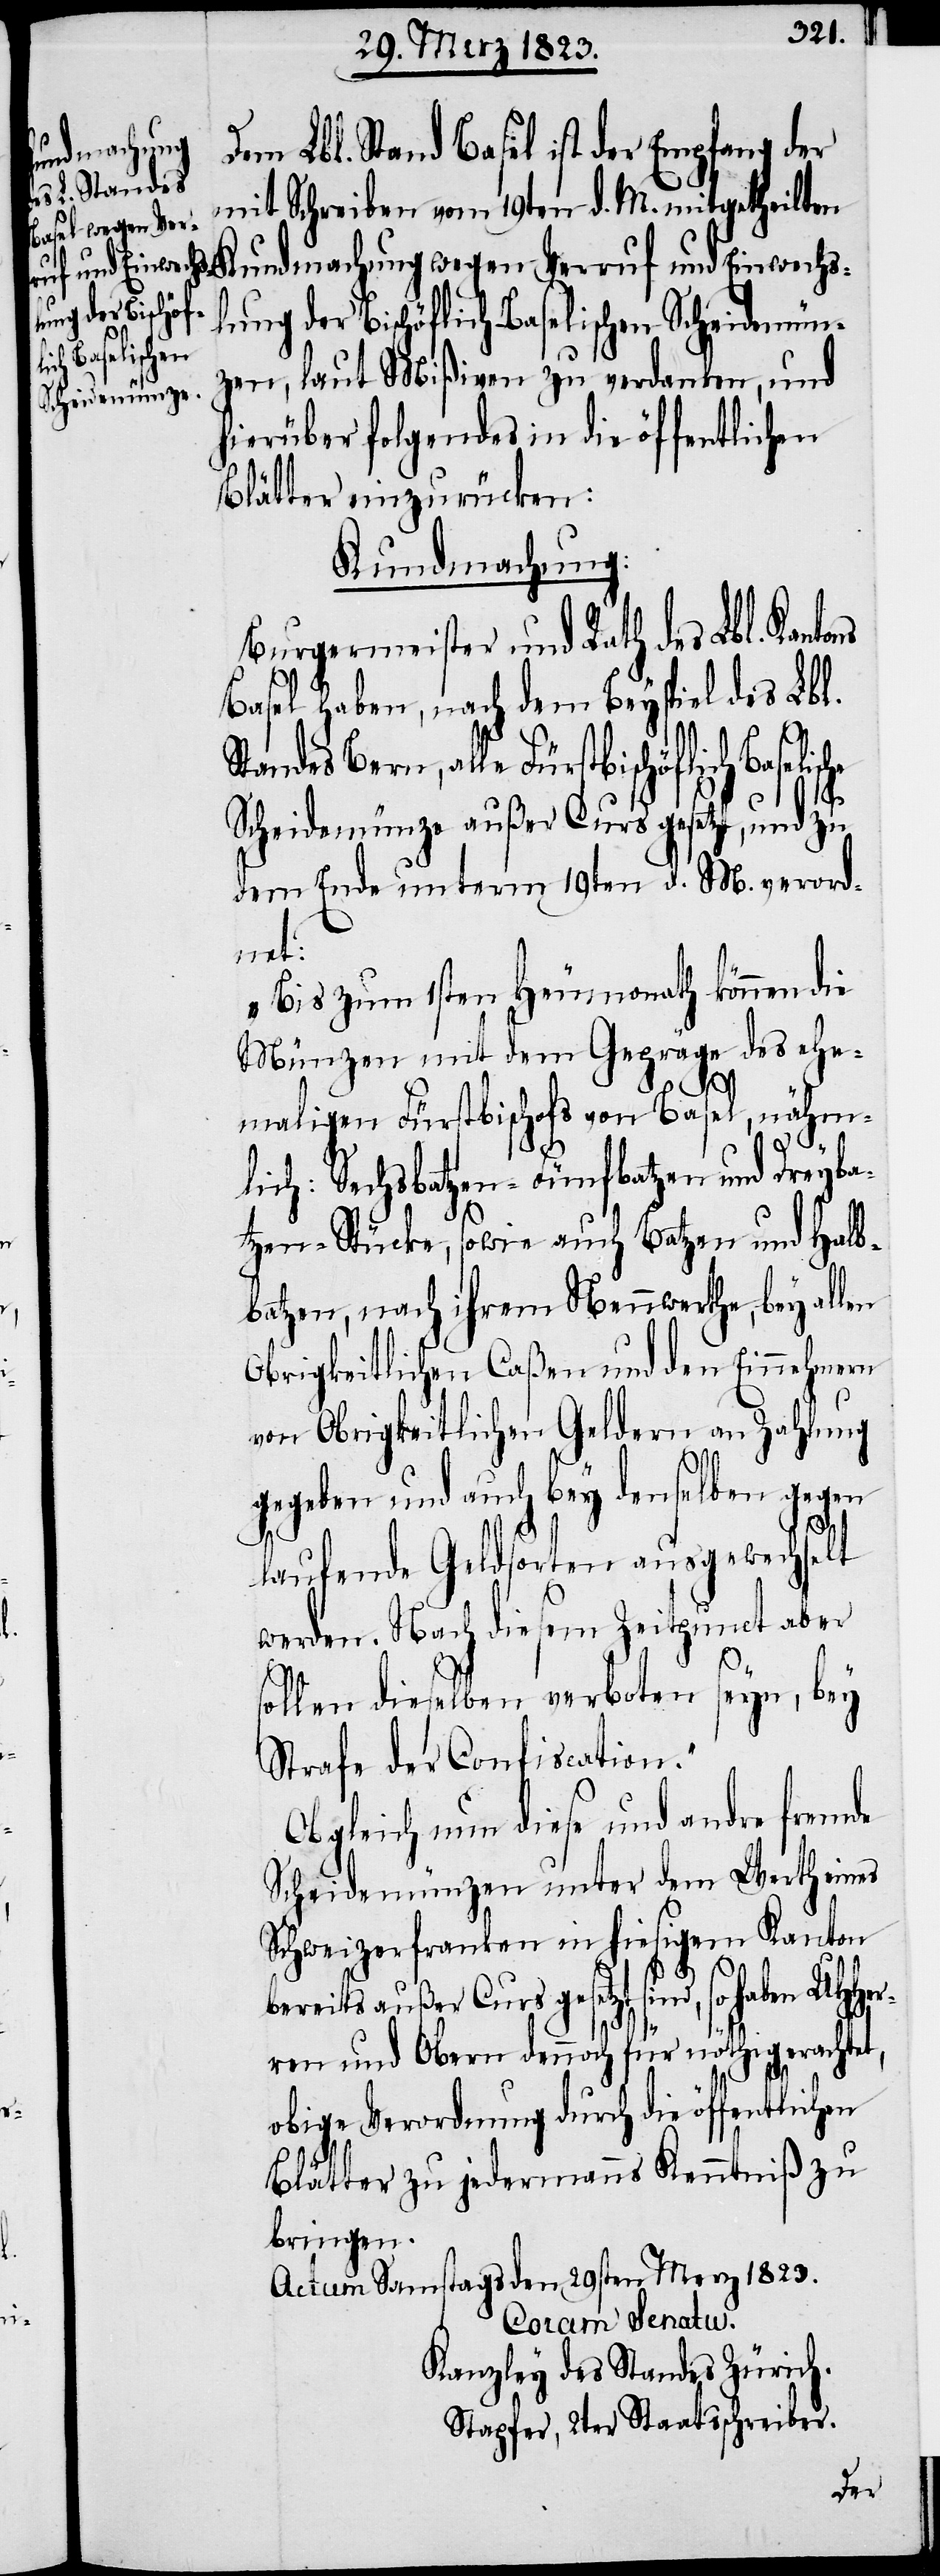
Dem Lbl. Stand Basel ist der Empfang der
mit Schreiben vom 19ten d. M. mitgetheilten
Kundmachung wegen Verruf und Einwechs¬
lung der Bischöflich-Baselischen Scheidemün¬
Baselische
zen, laut Mißiven zu verdanken, und
hierüber folgendes in die öffentlichen
Blätter einzurücken:
Kundmachung:
Burgermeister und Rath des Lbl. Kantons
Basel haben, nach dem Beyspiel des Lbl.
Standes Bern, alle Fürstbischöflich
Scheidemünze außer Curs gesetzt, und zu
dem Ende unterm 19ten d. M. verord¬
net:
„Bis zum 1sten Heumonath können die
Münzen mit dem Gepräge des ehe¬
UHHer¬
maligen Fürstbischofs von Basel, nähm¬
lich: Sechsbatzen-[,] Fünfbatzen und Dreyba¬
tzen-Stücke, sowie auch Batzen und Halb¬
batzen, nach ihrem Neuwerthe, bey allen
Obrigkeitlichen Caßen und den Einnehmern
von Obrigkeitlichen Geldern an Zahlung
gegeben und auch bey denselben gegen
laufende Geldsorten ausgewechselt
werden. Nach diesem Zeitpunct aber
sollen dieselben verboten seyn, bey
Strafe der Confiscation.“
Obgleich nun diese und andre fremde
Scheidemünzen unter dem Werth eines
Schweizerfranken in hiesigem Kanton
bereits außer Curs gesetzt sind, so haben
ren und Obern dennoch für nöthig erachtet,
obige Verordnung durch die öffentlichen
Blätter zu jedermanns Kenntniß zu
bringen.
Actum Samstags den 29sten Merz 1823.
Coram Senatu.
Kanzley des Standes Zürich.
Stapfer, 2ter Staatsschreiber.